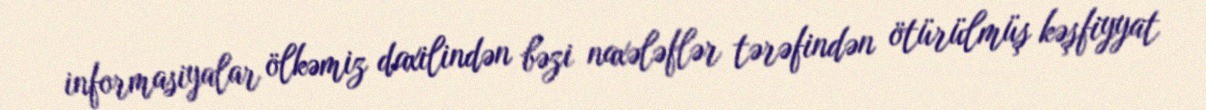
informasiyalar ölkəmiz daxilindən bəzi naxələflər tərəfindən ötürülmüş kəşfiyyat